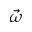
\vec { \omega }